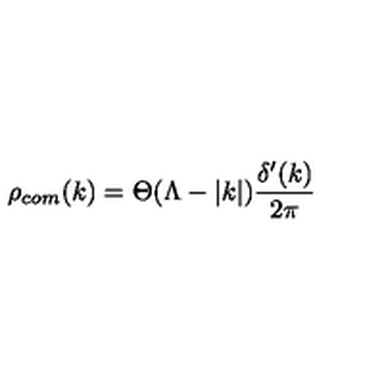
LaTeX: \rho _ { c o m } ( k ) = \Theta ( \Lambda - | k | ) \frac { \delta ^ { \prime } ( k ) } { 2 \pi }